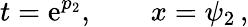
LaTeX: t=\mathrm{e}^{p_{2}},\qquad x=\psi_{2}\, ,